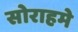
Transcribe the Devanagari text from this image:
सोराहमे